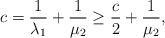
LaTeX: \begin{align*} c = \frac{1}{\lambda_1} + \frac{1}{\mu_2} \geq \frac{c}{2} + \frac{1}{\mu_2},\end{align*}